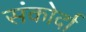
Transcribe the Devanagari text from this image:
संकोर्दा